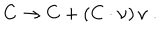
C \to C + ( C \cdot \nu ) \, \nu \ .